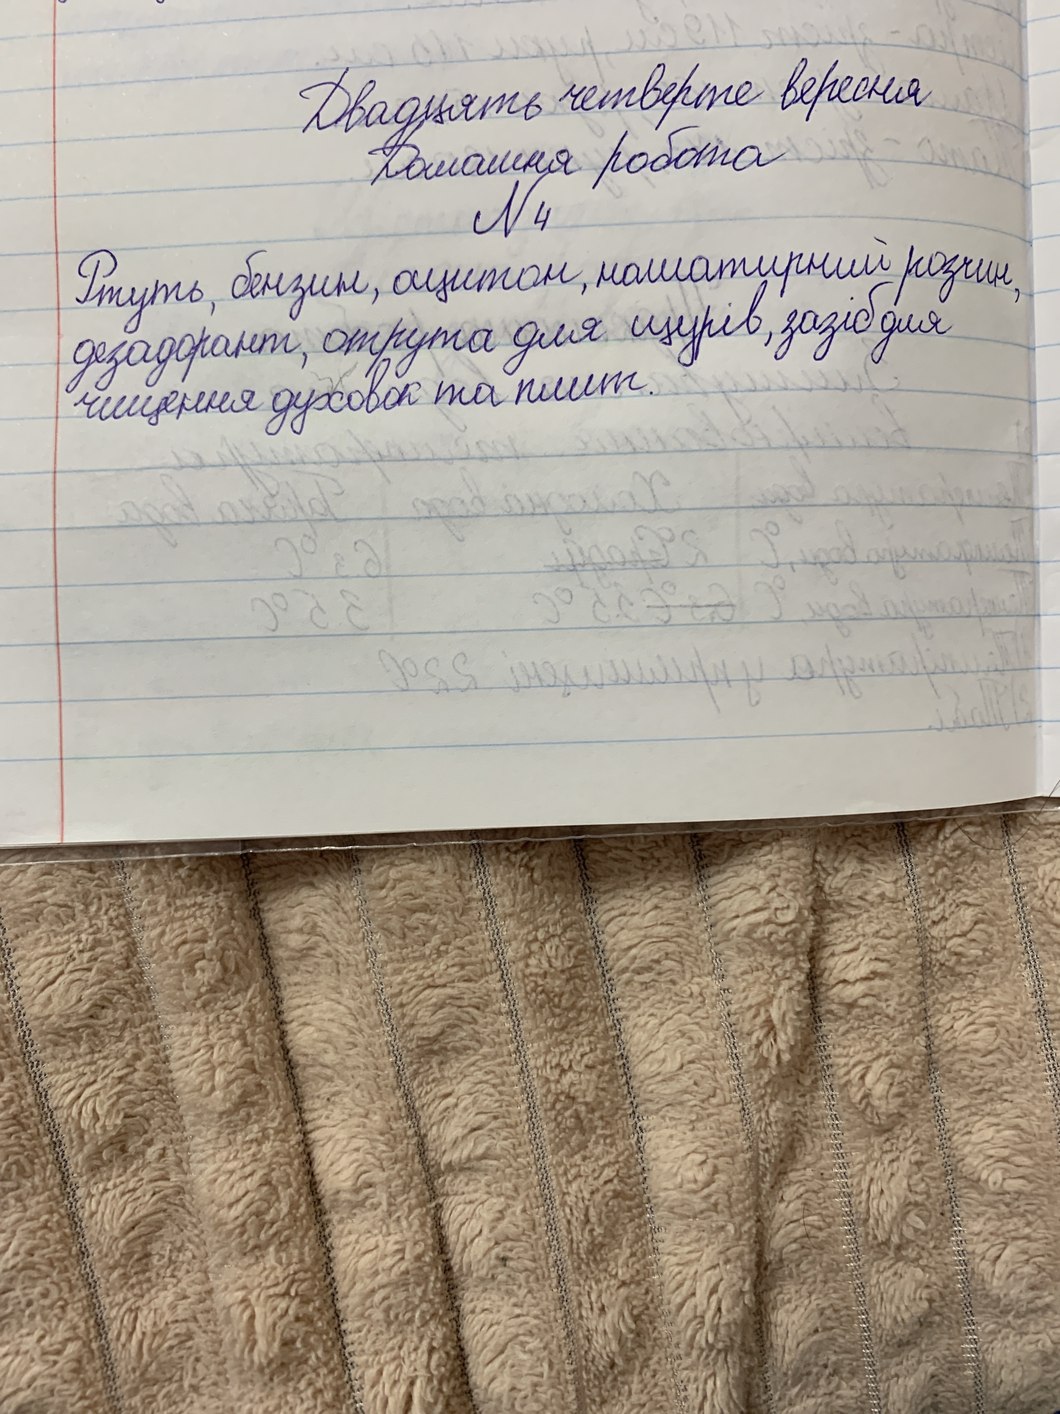
Двадцять четверте вересня
Домашня робота
N 4
Ртуть, бензин, ацитон, нашатирний розчин,
дезадорант,  отрута для щурів, зазіб для
чищення духовок та плит.